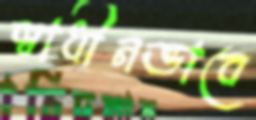
স্বাধীনভাবে